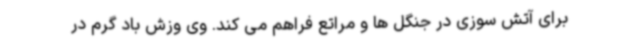
برای آتش سوزی در جنگل ها و مراتع فراهم می کند. وی وزش باد گرم در